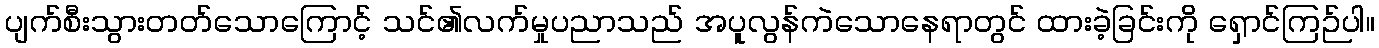
ပျက်စီးသွားတတ်သောကြောင့် သင်၏လက်မှုပညာသည် အပူလွန်ကဲသောနေရာတွင် ထားခဲ့ခြင်းကို ရှောင်ကြဉ်ပါ။